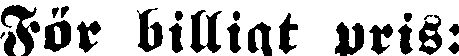
För billigt pris: